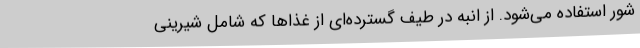
شور استفاده می‌شود. از انبه در طیف گسترده‌ای از غذا‌ها که شامل شیرینی